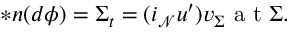
\ast \boldsymbol { n } ( d \phi ) = \Sigma _ { t } = ( i _ { \mathcal { N } } u ^ { \prime } ) v _ { \Sigma } \mathrm { ~ a ~ t ~ } \Sigma .